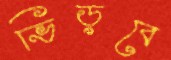
ভিড়বে